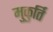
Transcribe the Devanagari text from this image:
मुकुर्ति